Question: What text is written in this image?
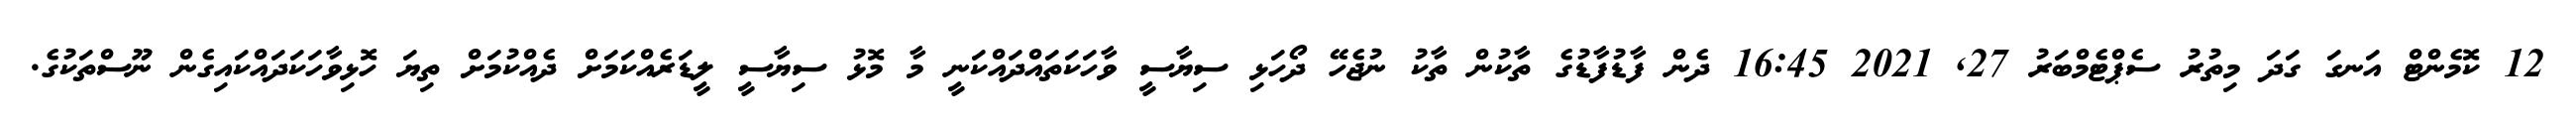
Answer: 12 ކޮމެންޓް އަނގަ ގަދަ މިތުރު ސެޕްޓެމްބަރު 27, 2021 16:45 ދެން ފާޑުފާޑުގެ ތާކުން ތާކު ނުޖެހޭ ދޯހަޅި ސިޔާސީ ވާހަކަތައްދައްކަނީ މާ މޮޅު ސިޔާސީ ލީޑަރެއްކަމަށް ދެއްކުމަށް ތިޔަ ހޮޅިވާހަކަދައްކައިގެން ނޫސްތަކުގެ.